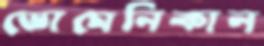
ডোমেনিকান